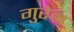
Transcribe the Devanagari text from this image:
गुरेन